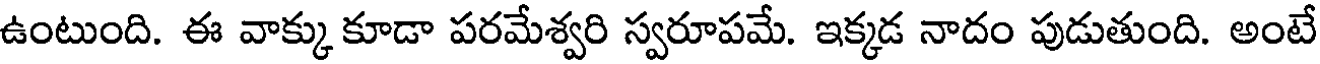
ఉంటుంది. ఈ వాక్కుకూడా పరమేశ్వరి స్వరూపమే. ఇక్కడ నాదం పుడుతుంది. అంటే